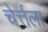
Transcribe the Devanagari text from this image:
चेर्त्तला